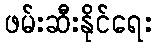
ဖမ်းဆီးနိုင်ရေး